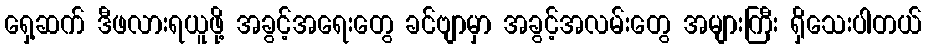
ရှေ့ဆက် ဒီဖလားရယူဖို့ အခွင့်အရေးတွေ ခင်ဗျာမှာ အခွင့်အလမ်းတွေ အများကြီး ရှိသေးပါတယ်